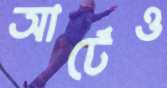
আর্টেও